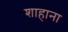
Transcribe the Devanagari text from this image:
शाहाना